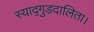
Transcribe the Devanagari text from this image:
स्याद्गुडदालिता।